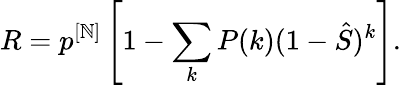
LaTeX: R=p^{[\mathbb{N}]}\left[1-\sum_{k}P(k)(1-\hat{{S}})^{k}\right].